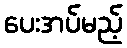
ပေးအပ်မည့်